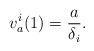
LaTeX: \begin{align*}v_a^i(1) = \frac{a}{\delta_i}.\end{align*}